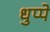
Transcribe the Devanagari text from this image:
धुप्पे